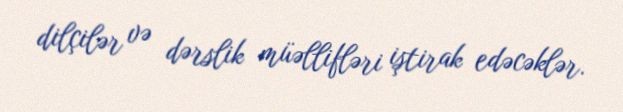
dilçilər və dərslik müəllifləri iştirak edəcəklər.